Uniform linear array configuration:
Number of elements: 16
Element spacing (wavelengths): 1
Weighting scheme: exponential
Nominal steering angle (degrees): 60
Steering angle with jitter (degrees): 60.551
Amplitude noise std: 0.05
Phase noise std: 0.05

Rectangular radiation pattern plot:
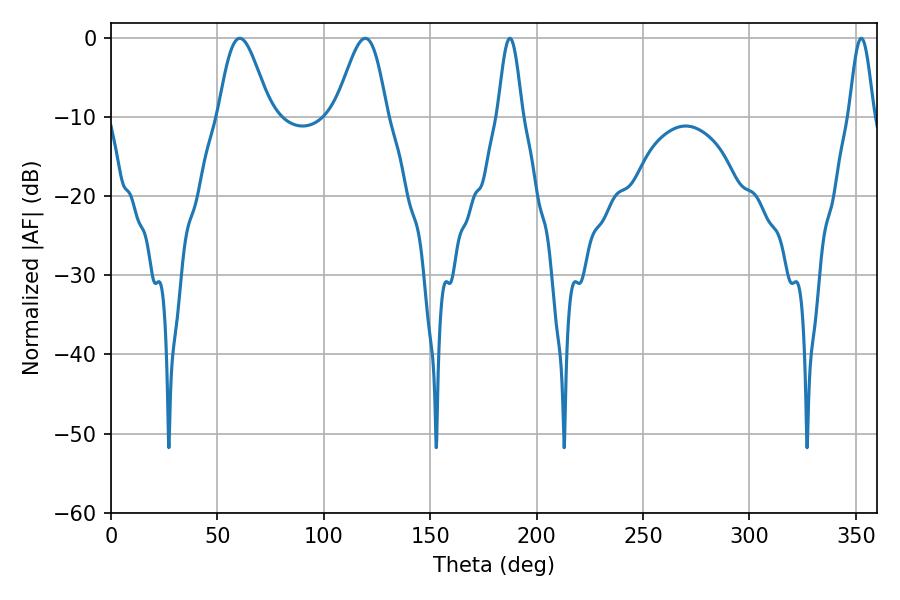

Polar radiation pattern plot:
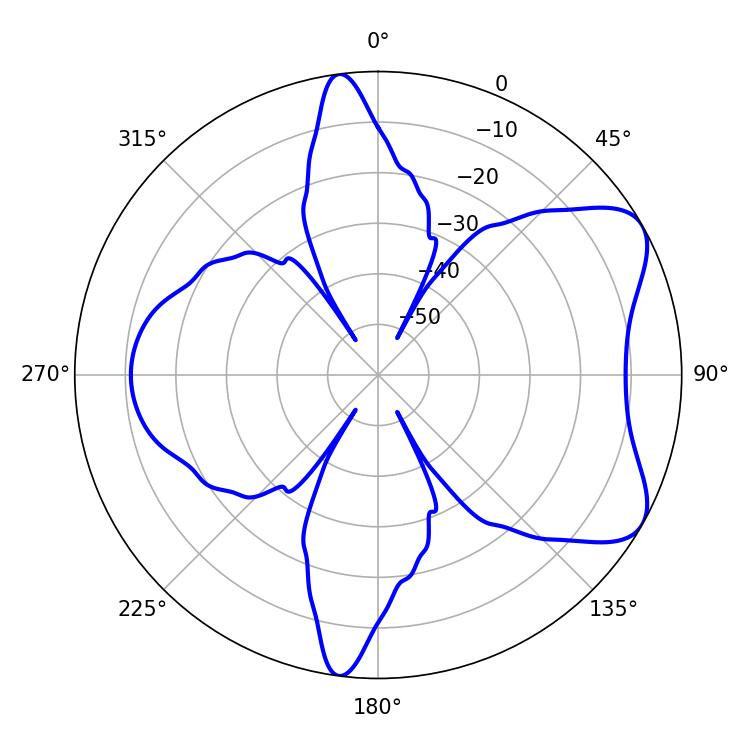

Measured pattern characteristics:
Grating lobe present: TRUE
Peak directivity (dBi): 6.903
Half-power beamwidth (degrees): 12.78
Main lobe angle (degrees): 60.48